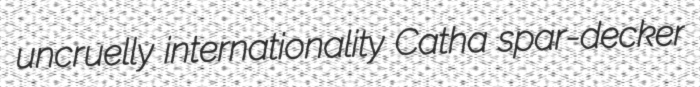
uncruelly internationality Catha spar-decker